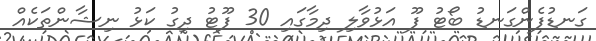
ގަނޑުފެންގަނޑު ބޯޓު ފޫ އަޅުވާލި ދިމާގައި 30 ފޫޓު ދިގު ކަޅު ނިޝާންތަކެއް